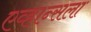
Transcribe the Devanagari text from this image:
एव्हान्सला